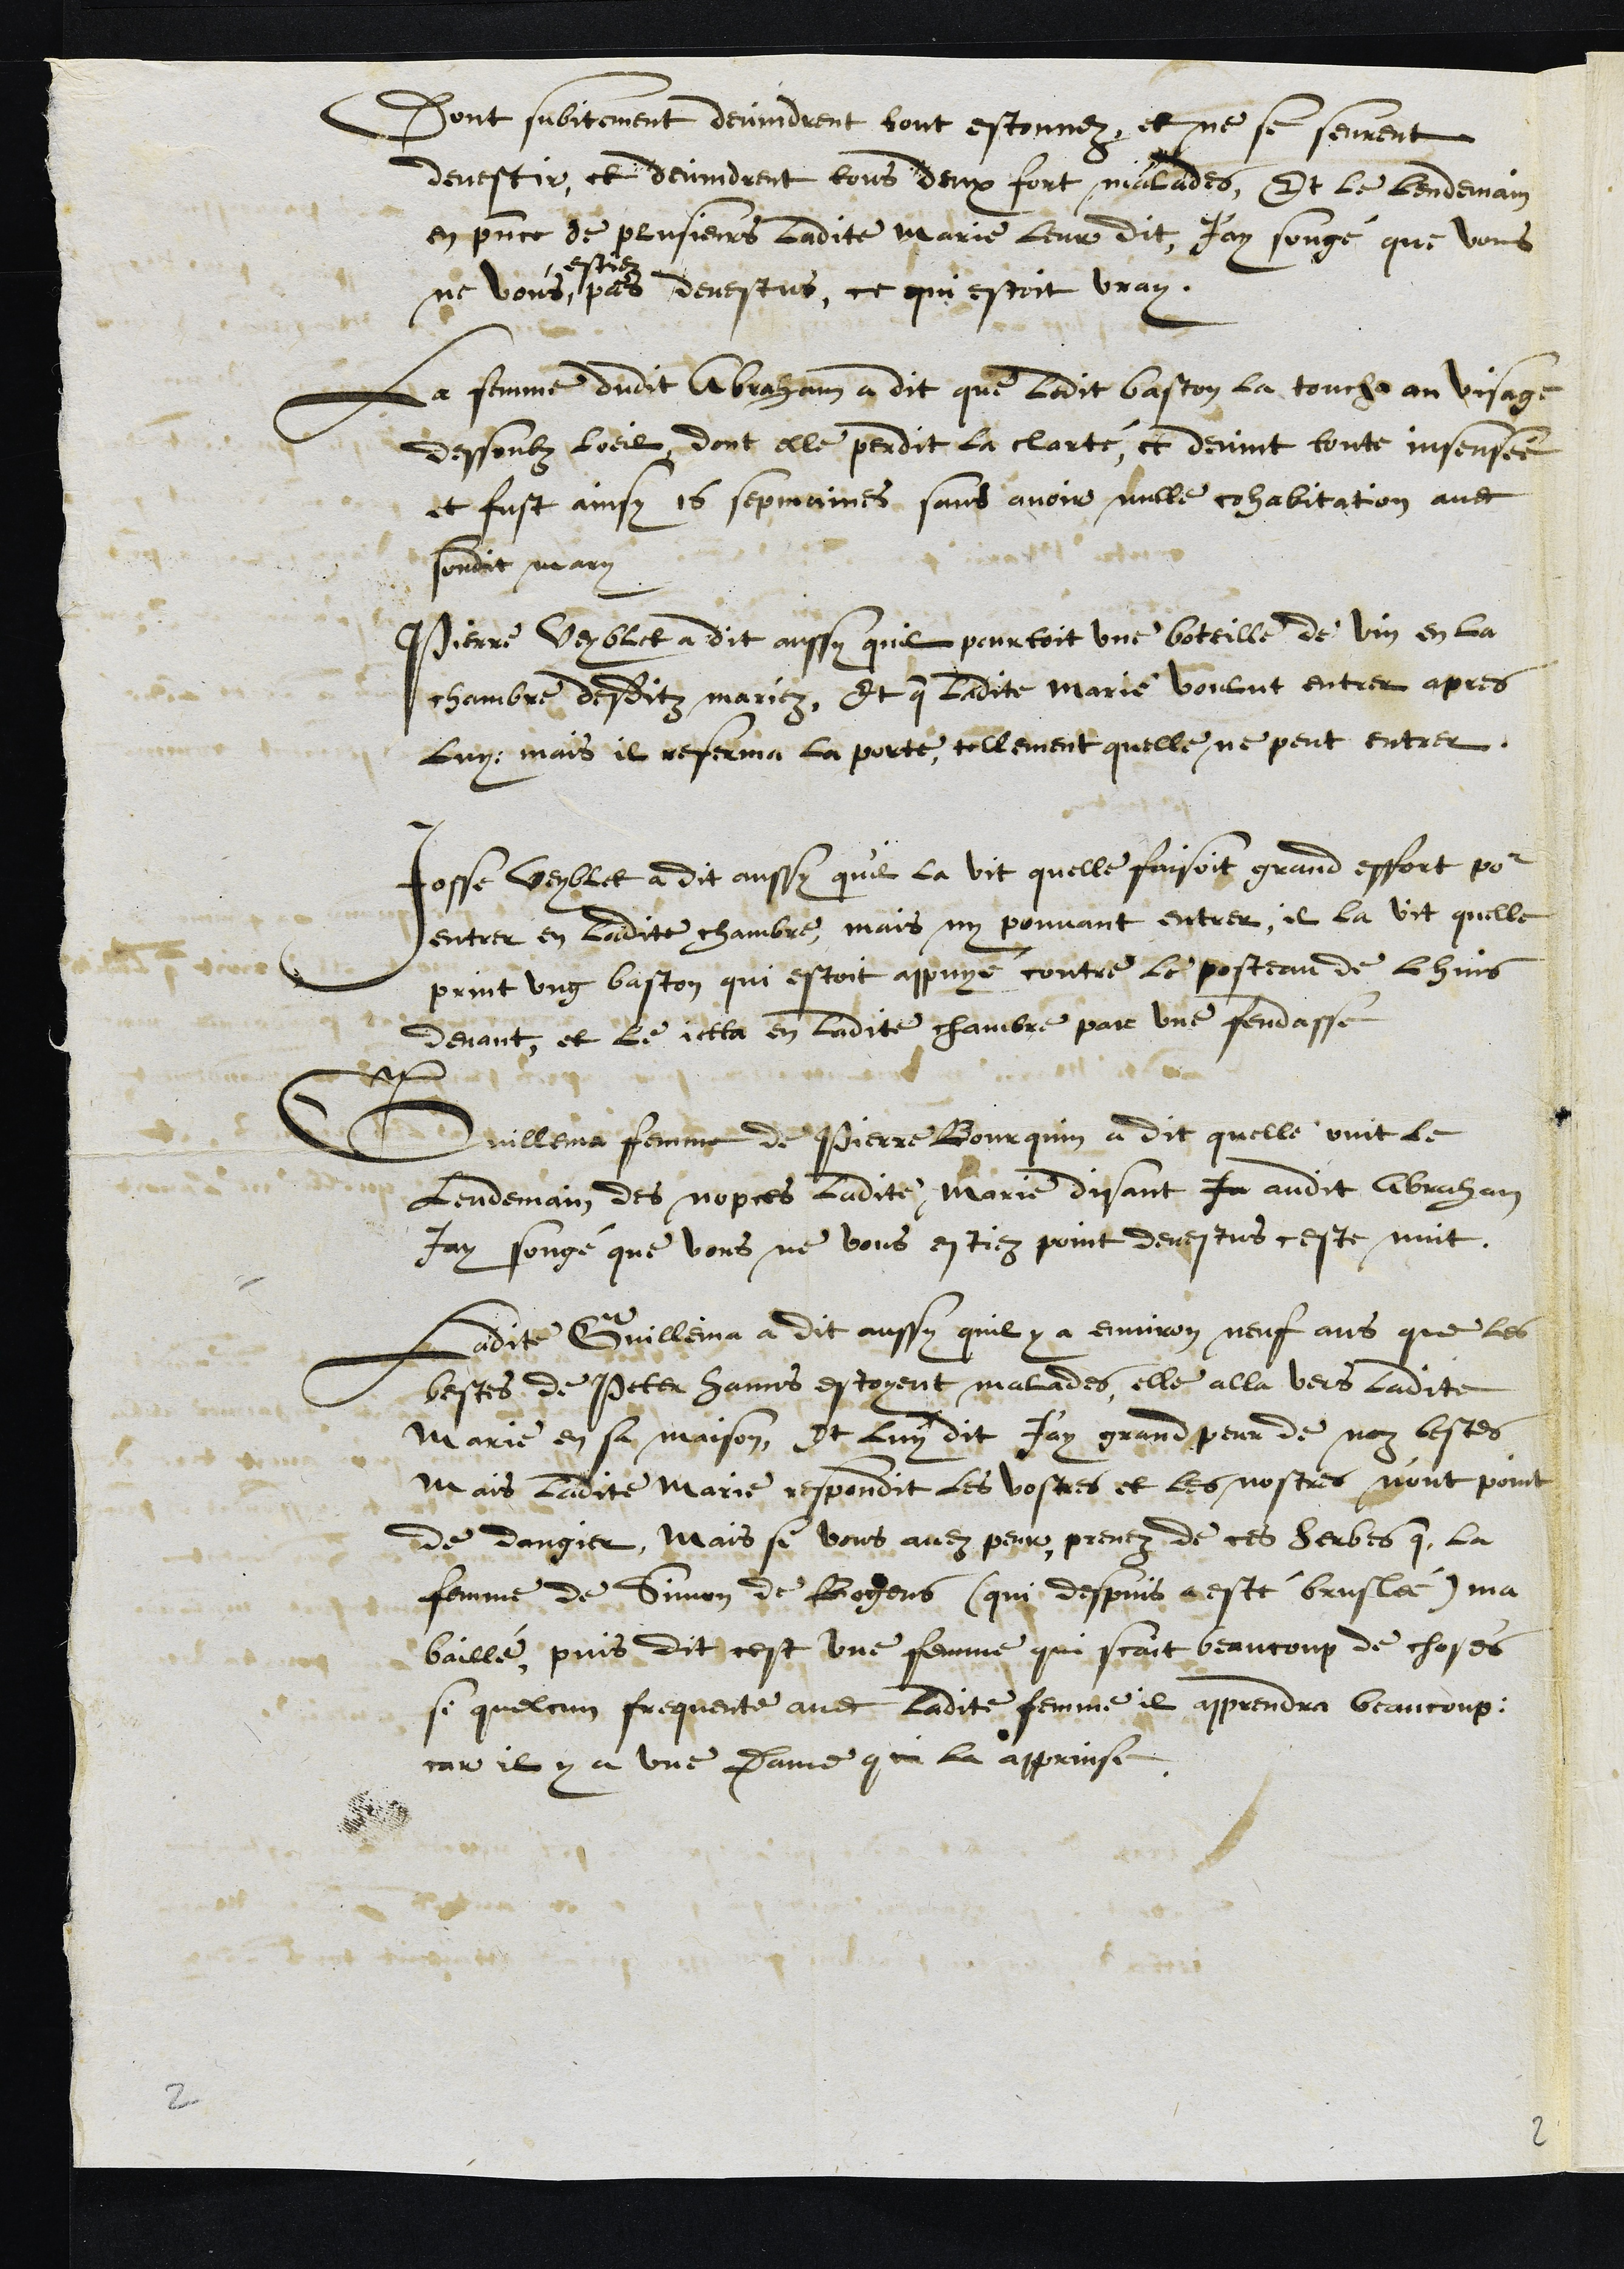
Dont subitement devindrent tout estonnez, et ne se seurent
devestir, et devindrent tous deux fort malades, Et le lendemain
en presence de plusieurs ladite Marie leur dit, J'ay songé que vous
ne vous
estie
pas devestus, ce qui estoit vray.
La femme dudit Abraham a dit que ledit baston la toucha au visage
dessoubz loeil, dont elle perdit la clarté, et devint toute insensée
et fust ainsy 16 sepmaines sans avoir nulle cohabitation avec
sondit mary
Pierre Veyblet a dit aussy quil portoit une boteille de vin en la
chambre desditz mariez. Et que ladite Marie voulut entrer apres
luy mais il referma la porte, tellement quelle ne peut entrer.
Josse Veyblet a dit aussi quil la vit quelle faisoit grand effoit pour
entrer en ladite chambre, mais ny pouvant entrer, il la vit quelle
print ung baston qui estoit appuyé contre le posteau de lhuis
devant, et le jetta en ladite chambre par une fendasse
Guillema femme de Pierre Bourquin a dit quelle ouit le
lendemain des nopces ladite Marie disant In audit Abraham
jay songé que vous ne vous estiez point devestus ceste nuit.
Ladite Guillema a dit aussy quil y a environ neuf ans que les
bestes de Peter Hanns estoyent malades, elle alla vers ladite
Marie en sa maison, Et luy dit J'ay grand peur de noz bestes
mais ladite Marie respondit les vostres et les nostres n'ont point
de dangier, mais si vous avez peur, prenez de ces herbes que la
femme de Simon de Bogons (qui despuis a esté bruslée) ma
baillé, puis dit cest une femme qui scait beaucoup de choses
si quelcun frequente avec ladite femme il apprendra beaucoup
car il y a une Dame qui la apprinse.
2